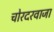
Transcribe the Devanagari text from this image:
चोरदरवाजा